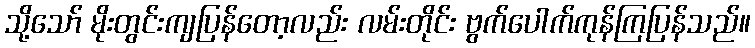
သို့သော် မိုးတွင်းကျပြန်တော့လည်း လမ်းတိုင်း ဗွက်ပေါက်ကုန်ကြပြန်သည်။